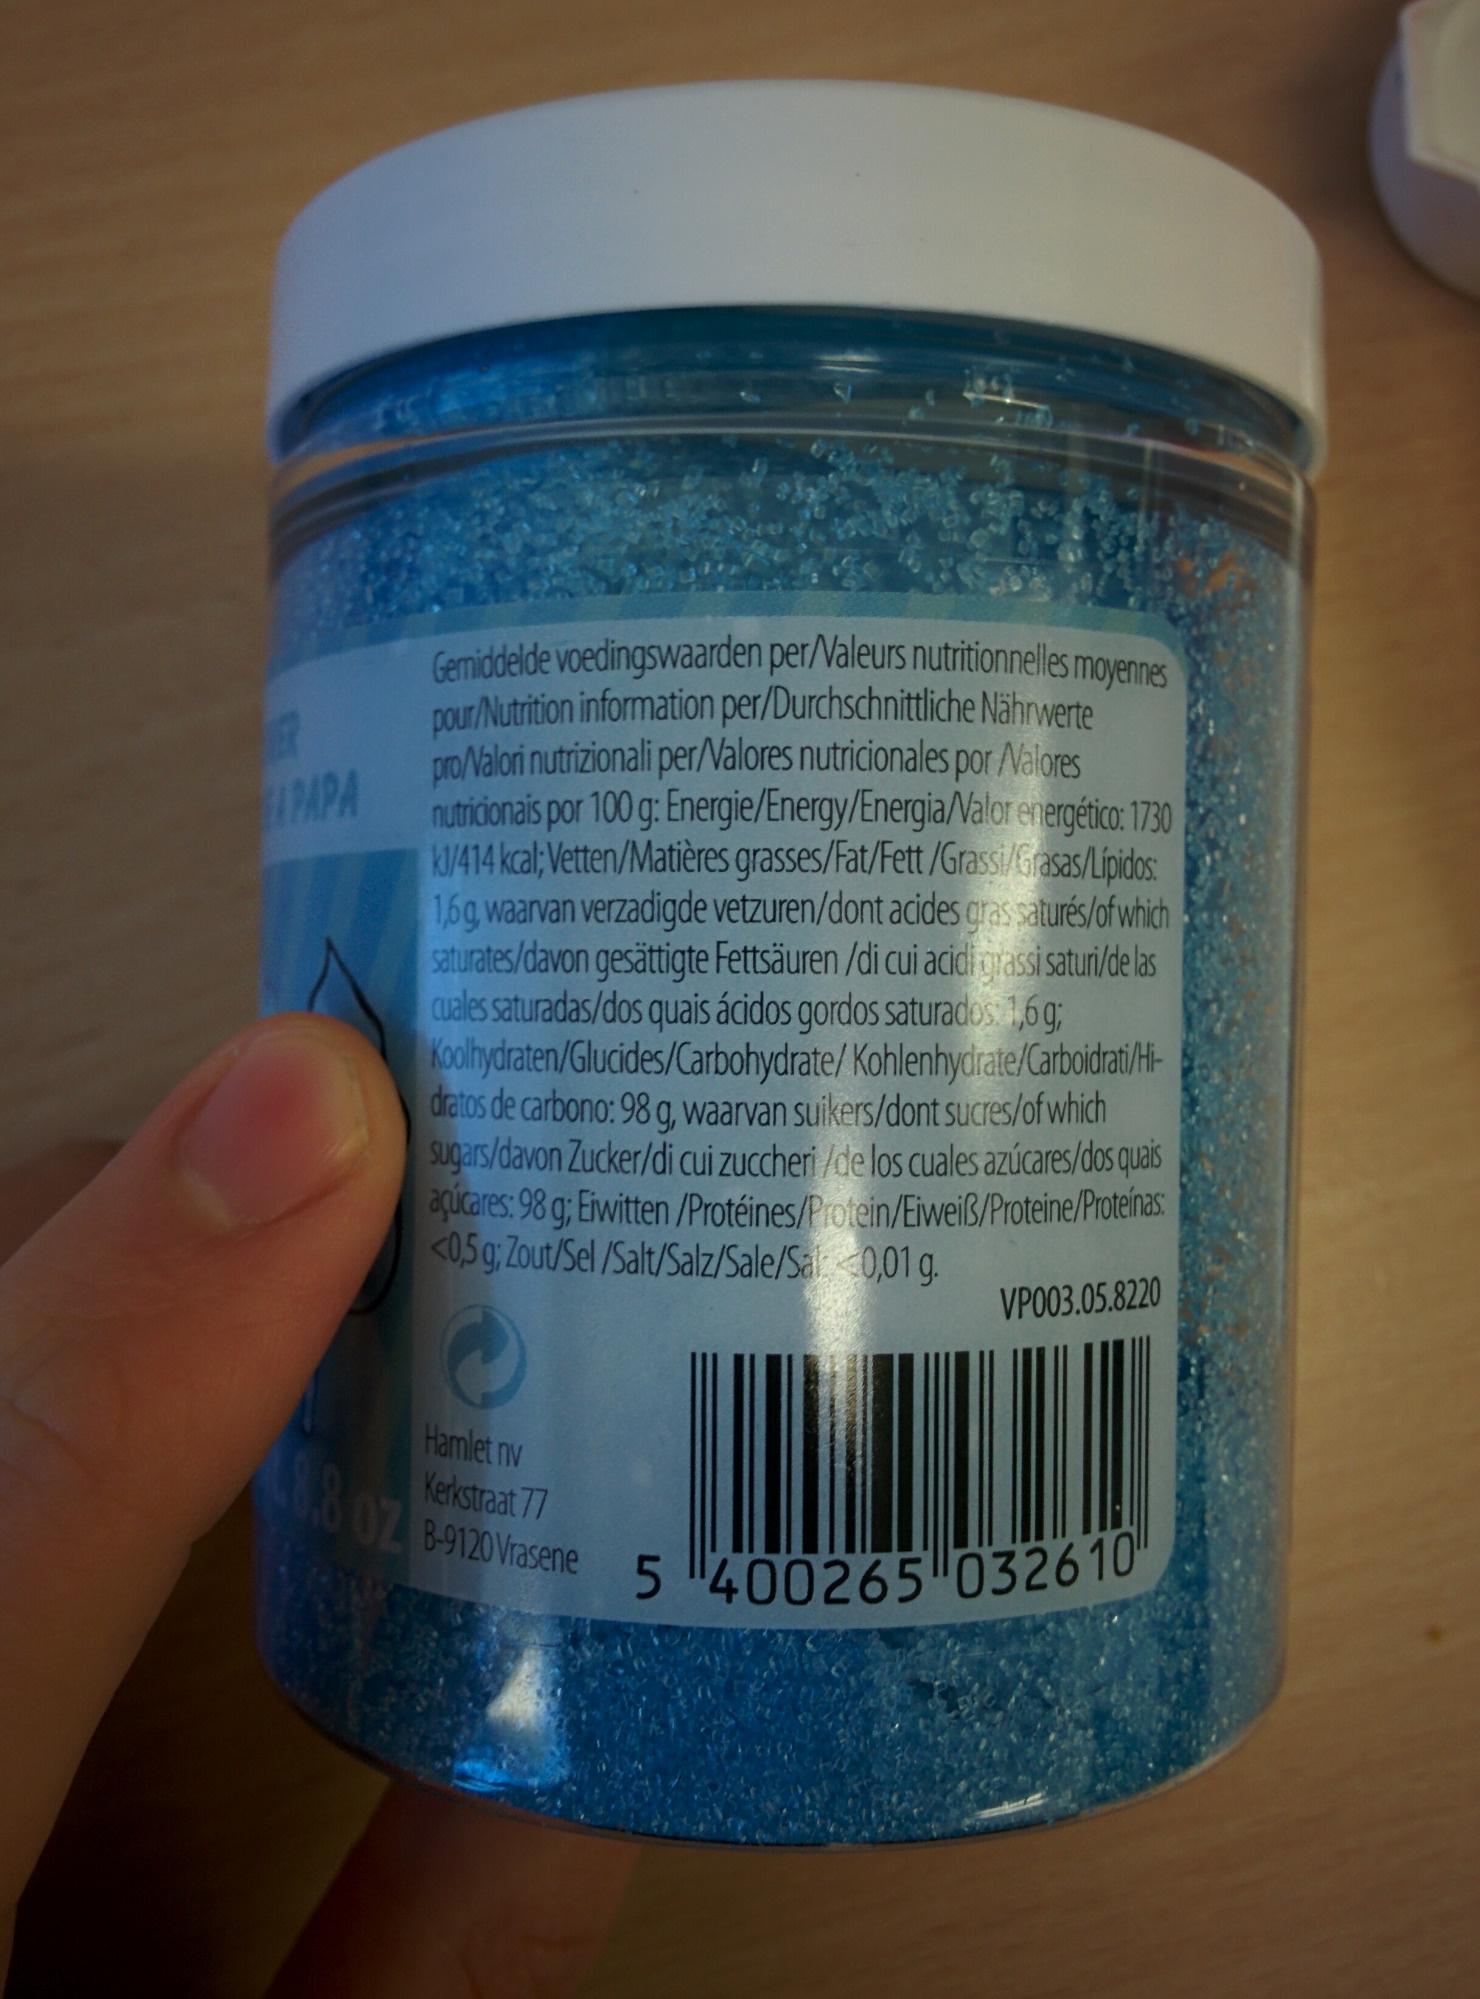
APAPA
Gemiddelde voedingswaarden per/Valeurs nutritionnelles moyennes pour/Nutrition information per/Durchschnittliche Nährwerte pro/Valori nutrizionali per/Valores nutricionales por /Valores nutricionais por 100 g: Energie/Energy/Energia/Valor energético: 1730 k1/414 kcal; Vetten/Matières grasses/Fat/Fett/Grassi/Grasas/Lípidos: 1,6g, waarvan verzadigde vetzuren/dont acides gras saturés/of which saturates/davon gesättigte Fettsäuren /di cui acidi grassi saturi/de las cuales saturadas/dos quais ácidos gordos saturados: 1,6g; Koolhydraten/Glucides/Carbohydrate/ Kohlenhydrate/Carboidrati/Hidratos de carbono: 98 g, waarvan suikers/dont sucres/of which sugars/davon Zucker/di cui zuccheri /de los cuales azúcares/dos quais açúcares: 98 g; Eiwitten /Protéines/Protein/Eiweiß/Proteine/Proteínas: <0,5 g; Zout/Sel/Salt/Salz/Sale/Sal: <0,01 g.
VP003.05.8220
Hamlet nv Kerkstraat 77
8-9120 Vrasene 5400265 032610"
18.8 02